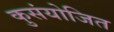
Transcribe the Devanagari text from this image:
कुसंयोजित